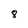
Character: 8